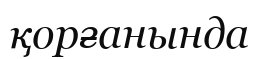
қорғанында